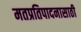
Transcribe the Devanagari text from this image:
मतप्रतिपादनासाठी